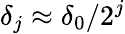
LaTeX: \delta_{j}\approx\delta_{0}/2^{j}